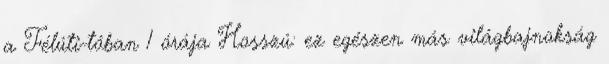
a Félúti-tóban 1 órája Hosszú: ez egészen más világbajnokság